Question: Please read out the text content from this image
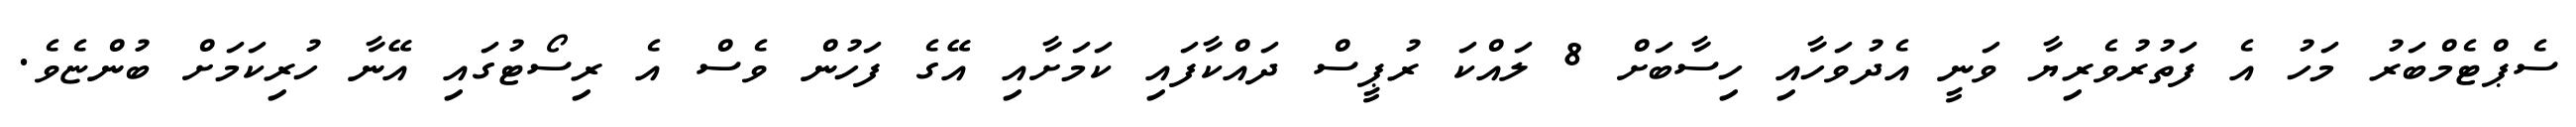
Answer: ސެޕްޓެމްބަރު މަހު އެ ފަތުރުވެރިޔާ ވަނީ އެދުވަހާއި ހިސާބަށް 8 ލައްކަ ރުޕީސް ދައްކާފައި ކަމަށާއި އޭގެ ފަހުން ވެސް އެ ރިސޯޓުގައި އޭނާ ހުރިކަމަށް ބުންޏެވެ.